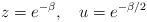
LaTeX: \begin{align*}z = e^{-\beta},\quad u = e^{-\beta/2}\end{align*}